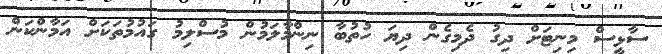
ސާޅީސް މިނިޓަށް ދިގު ދެމިގެން ދިޔަ ހުތުބާ ނިންމާލަމުން މުސްލިމު ގައުމުތަކަށް އަމާންކަން